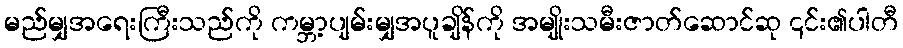
မည်မျှအရေးကြီးသည်ကို ကမ္ဘာ့ပျမ်းမျှအပူချိန်ကို အမျိုးသမီးဇာတ်ဆောင်ဆု ၎င်း၏ပါတီ